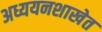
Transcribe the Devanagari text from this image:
अध्ययनशाखेत